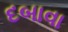
દબાવા